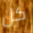
كل